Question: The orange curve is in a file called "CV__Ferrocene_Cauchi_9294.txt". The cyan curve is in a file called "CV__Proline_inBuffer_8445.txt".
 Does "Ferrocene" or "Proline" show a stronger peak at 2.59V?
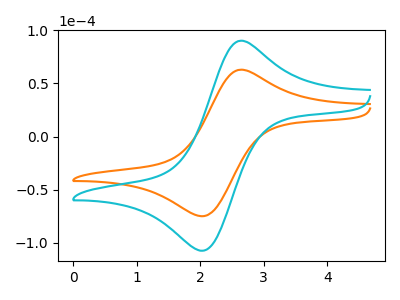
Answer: <think>The orange curve "Ferrocene" has an anodic peak at (2.60V, 62.65uA) and a cathodic peak at (2.05V, -75.05uA). The cyan curve "Proline" has an anodic peak at (2.60V, 89.80uA) and a cathodic peak at (2.05V, -107.60uA).</think>
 <answer>The peak at 2.59V is lower in "Ferrocene" than in "Proline".</answer>
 <eval>lower</eval>